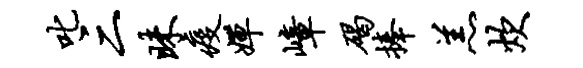
叱三昧疫婵嶂碣捧羔炊